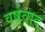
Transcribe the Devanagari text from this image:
वर्षवाद